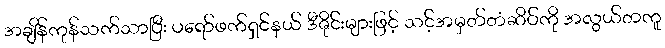
အချိန်ကုန်သက်သာပြီး ပရော်ဖက်ရှင်နယ် ဒီဇိုင်းများဖြင့် သင့်အမှတ်တံဆိပ်ကို အလွယ်တကူ